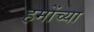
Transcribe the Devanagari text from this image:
हमोंच्या